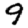
Digit: 9